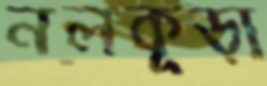
নলকূড়া